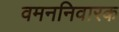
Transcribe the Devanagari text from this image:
वमननिवारक